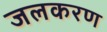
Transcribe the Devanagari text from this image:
जलकरण